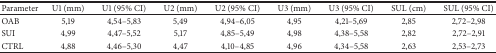
| Parameter | U1 (mm) | U1 (95% CI) | U2 (mm) | U2 (95% CI) | U3 (mm) | U3 (95% CI) | SUL (cm) | SUL (95% CI) |
 | --- | --- | --- | --- | --- | --- | --- | --- | --- |
 | OAB | 5,19 | 4,54–5,83 | 5,49 | 4,94–6,05 | 4,95 | 4,21–5,69 | 2,85 | 2,72–2,98 |
 | SUI | 4,99 | 4,47–5,52 | 5,17 | 4,85–5,49 | 4,98 | 4,38–5,58 | 2,82 | 2,72–2,91 |
 | CTRL | 4,88 | 4,46–5,30 | 4,47 | 4,10–4,85 | 4,96 | 4,34–5,58 | 2,63 | 2,53–2,73 |